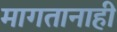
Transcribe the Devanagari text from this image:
मागतानाही